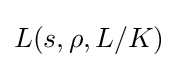
L(s,\rho ,L/K)